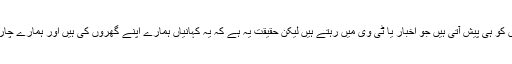
ہر کسی کو ایسا ہی لگتا ہے کہ جیسے بری خبریں دور دراز کہیں انجانے لوگو ں کو ہی پیش آتی ہیں جو اخبار یا ٹی وی میں رہتے ہیں لیکن حقیقت یہ ہے کہ یہ کہانیاں ہمارے اپنے گھروں کی ہیں اور ہمارے چاروں طرف پھیلی ہوئی ہیں اور ان کا شکار کوئی بھی کسی بھی وقت بن سکتا ہے۔